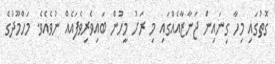
ގޮތުގައި މިހާ ގިނައިން ޖަނާޒާއެއްގައި މި ރަށު މީހުން ބައިވެރިވެފައެެއް ނުވެއެވެ. މަހްމޫދުގެ